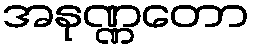
အနုဏ္ဏတော